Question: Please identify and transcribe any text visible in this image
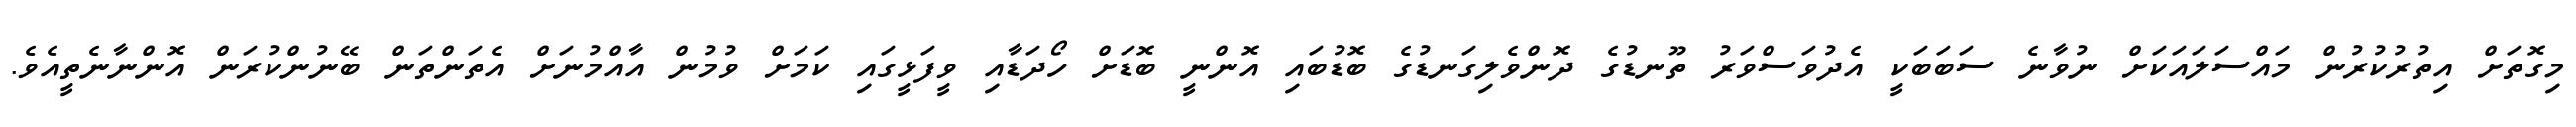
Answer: މިގޮތަށް އިތުރުކުރުން މައްސަލައަކަށް ނުވާނެ ސަބަބަކީ އެދުވަސްވަރު ތޫނޑުގެ ދޮންވެލިގަނޑުގެ ބޮޑުބައި އޮންނީ ބޮޑަށް ހޯދަޑާއި ވީފަޅީގައި ކަމަށް ވުމުން އާއްމުނަށް އެތަންތަން ބޭނުންކުރަން އޮންނާނެތީއެވެ.